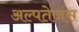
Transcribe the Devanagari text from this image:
अल्पतेजस